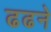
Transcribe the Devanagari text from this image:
ढढने